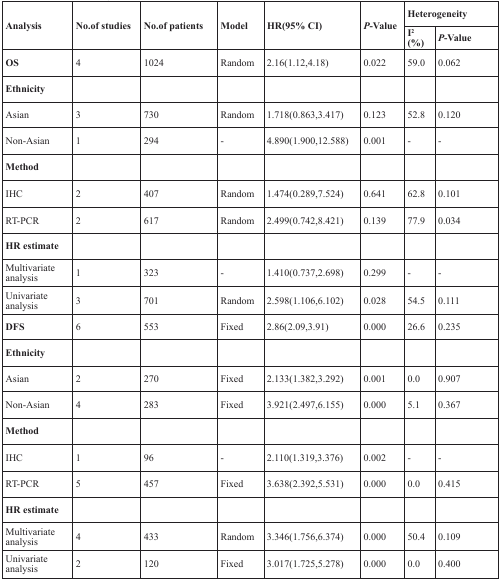
<table><thead><tr><td rowspan="2"><b>Analysis</b></td><td rowspan="2"><b>No. of studies</b></td><td rowspan="2"><b>No. of patients</b></td><td rowspan="2"><b>Model</b></td><td rowspan="2"><b>HR(95% CI)</b></td><td rowspan="2"><b><i>P</i>-Value</b></td><td colspan="2"><b>Heterogeneity</b></td></tr><tr><td><b>I<sup>2</sup> (%)</b></td><td><b><i>P</i>-Value</b></td></tr></thead><tbody><tr><td><b>OS</b></td><td>4</td><td>1024</td><td>Random</td><td>2.16(1.12,4.18)</td><td>0.022</td><td>59.0</td><td>0.062</td></tr><tr><td><b>Ethnicity</b></td><td></td><td></td><td></td><td></td><td></td><td></td><td></td></tr><tr><td>Asian</td><td>3</td><td>730</td><td>Random</td><td>1.718(0.863,3.417)</td><td>0.123</td><td>52.8</td><td>0.120</td></tr><tr><td>Non-Asian</td><td>1</td><td>294</td><td>-</td><td>4.890(1.900,12.588)</td><td>0.001</td><td>-</td><td>-</td></tr><tr><td><b>Method</b></td><td></td><td></td><td></td><td></td><td></td><td></td><td></td></tr><tr><td>IHC</td><td>2</td><td>407</td><td>Random</td><td>1.474(0.289,7.524)</td><td>0.641</td><td>62.8</td><td>0.101</td></tr><tr><td>RT-PCR</td><td>2</td><td>617</td><td>Random</td><td>2.499(0.742,8.421)</td><td>0.139</td><td>77.9</td><td>0.034</td></tr><tr><td><b>HR estimate</b></td><td></td><td></td><td></td><td></td><td></td><td></td><td></td></tr><tr><td>Multivariate analysis</td><td>1</td><td>323</td><td>-</td><td>1.410(0.737,2.698)</td><td>0.299</td><td>-</td><td>-</td></tr><tr><td>Univariate analysis</td><td>3</td><td>701</td><td>Random</td><td>2.598(1.106,6.102)</td><td>0.028</td><td>54.5</td><td>0.111</td></tr><tr><td><b>DFS</b></td><td>6</td><td>553</td><td>Fixed</td><td>2.86(2.09,3.91)</td><td>0.000</td><td>26.6</td><td>0.235</td></tr><tr><td><b>Ethnicity</b></td><td></td><td></td><td></td><td></td><td></td><td></td><td></td></tr><tr><td>Asian</td><td>2</td><td>270</td><td>Fixed</td><td>2.133(1.382,3.292)</td><td>0.001</td><td>0.0</td><td>0.907</td></tr><tr><td>Non-Asian</td><td>4</td><td>283</td><td>Fixed</td><td>3.921(2.497,6.155)</td><td>0.000</td><td>5.1</td><td>0.367</td></tr><tr><td><b>Method</b></td><td></td><td></td><td></td><td></td><td></td><td></td><td></td></tr><tr><td>IHC</td><td>1</td><td>96</td><td>-</td><td>2.110(1.319,3.376)</td><td>0.002</td><td>-</td><td>-</td></tr><tr><td>RT-PCR</td><td>5</td><td>457</td><td>Fixed</td><td>3.638(2.392,5.531)</td><td>0.000</td><td>0.0</td><td>0.415</td></tr><tr><td><b>HR estimate</b></td><td></td><td></td><td></td><td></td><td></td><td></td><td></td></tr><tr><td>Multivariate analysis</td><td>4</td><td>433</td><td>Random</td><td>3.346(1.756,6.374)</td><td>0.000</td><td>50.4</td><td>0.109</td></tr><tr><td>Univariate analysis</td><td>2</td><td>120</td><td>Fixed</td><td>3.017(1.725,5.278)</td><td>0.000</td><td>0.0</td><td>0.400</td></tr></tbody></table>